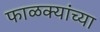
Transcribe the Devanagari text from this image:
फाळक्यांच्या